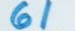
61